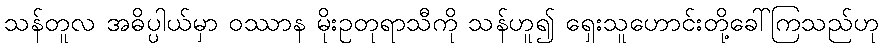
သန်တူလ အဓိပ္ပါယ်မှာ ဝဿာန မိုးဥတုရာသီကို သန်ဟူ၍ ရှေးသူဟောင်းတို့ခေါ်ကြသည်ဟု